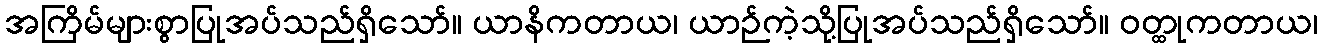
အကြိမ်များစွာပြုအပ်သည်ရှိသော်။ ယာနိကတာယ၊ ယာဉ်ကဲ့သို့ပြုအပ်သည်ရှိသော်။ ဝတ္ထုကတာယ၊